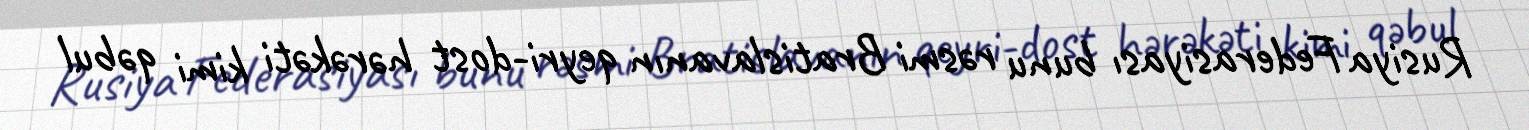
Rusiya Federasiyası bunu rəsmi Bratislavanın qeyri-dost hərəkəti kimi qəbul